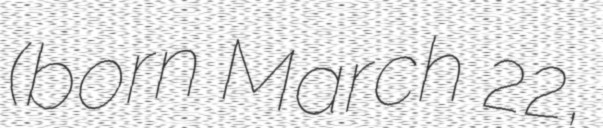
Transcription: (born March 22,